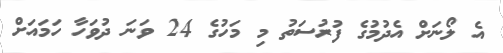
އެ ލޯނަށް އެދުމުގެ ފުރުސަތު މި މަހުގެ 24 ވަނަ ދުވަހާ ހަމައަށް